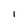
Character: 1